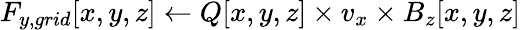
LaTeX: F_{y,grid}[x,y,z]\gets Q[x,y,z]\times v_{x}\times B_{z}[x,y,z]